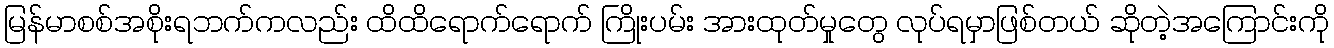
မြန်မာစစ်အစိုးရဘက်ကလည်း ထိထိရောက်ရောက် ကြိုးပမ်း အားထုတ်မှုတွေ လုပ်ရမှာဖြစ်တယ် ဆိုတဲ့အကြောင်းကို